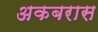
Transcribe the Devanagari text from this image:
अकबरास